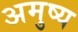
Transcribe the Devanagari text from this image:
अमुष्य